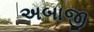
અબાજી